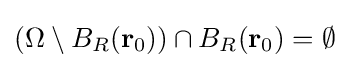
(\Omega \setminus B_{R}(\mathbf {r} _{0}))\cap B_{R}(\mathbf {r} _{0})=\emptyset